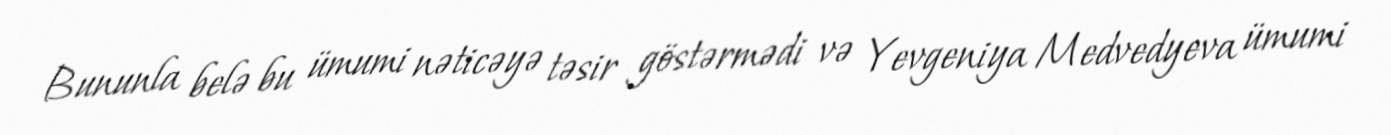
Bununla belə bu ümumi nəticəyə təsir göstərmədi və Yevgeniya Medvedyeva ümumi